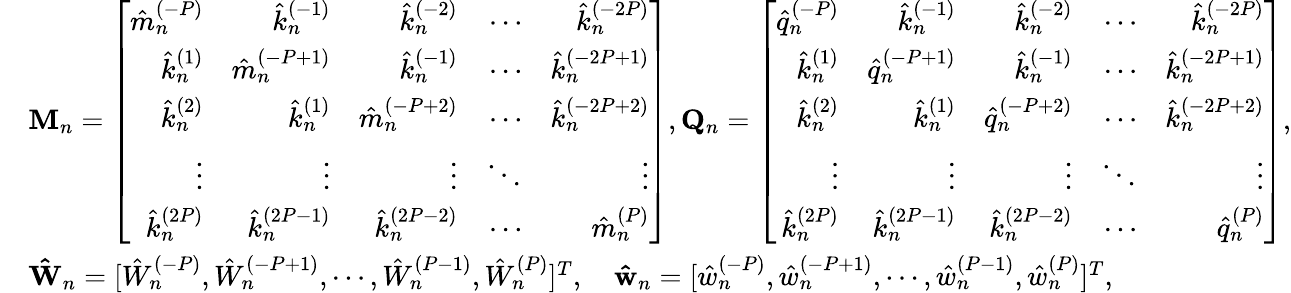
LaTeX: \begin{array}{rl}&{\mathbf{M}_{n}=\left[\begin{array}{rrrrr}{\hat{m}_{n}^{(-P)}}&{\hat{k}_{n}^{(-1)}}&{\hat{k}_{n}^{(-2)}}&{\cdots}&{\hat{k}_{n}^{(-2P)}}\\ {\hat{k}_{n}^{(1)}}&{\hat{m}_{n}^{(-P+1)}}&{\hat{k}_{n}^{(-1)}}&{\cdots}&{\hat{k}_{n}^{(-2P+1)}}\\ {\hat{k}_{n}^{(2)}}&{\hat{k}_{n}^{(1)}}&{\hat{m}_{n}^{(-P+2)}}&{\cdots}&{\hat{k}_{n}^{(-2P+2)}}\\ {\vdots}&{\vdots}&{\vdots}&{\ddots}&{\vdots}\\ {\hat{k}_{n}^{(2P)}}&{\hat{k}_{n}^{(2P-1)}}&{\hat{k}_{n}^{(2P-2)}}&{\cdots}&{\hat{m}_{n}^{(P)}}\end{array}\right],\mathbf{Q}_{n}=\left[\begin{array}{rrrrr}{\hat{q}_{n}^{(-P)}}&{\hat{k}_{n}^{(-1)}}&{\hat{k}_{n}^{(-2)}}&{\cdots}&{\hat{k}_{n}^{(-2P)}}\\ {\hat{k}_{n}^{(1)}}&{\hat{q}_{n}^{(-P+1)}}&{\hat{k}_{n}^{(-1)}}&{\cdots}&{\hat{k}_{n}^{(-2P+1)}}\\ {\hat{k}_{n}^{(2)}}&{\hat{k}_{n}^{(1)}}&{\hat{q}_{n}^{(-P+2)}}&{\cdots}&{\hat{k}_{n}^{(-2P+2)}}\\ {\vdots}&{\vdots}&{\vdots}&{\ddots}&{\vdots}\\ {\hat{k}_{n}^{(2P)}}&{\hat{k}_{n}^{(2P-1)}}&{\hat{k}_{n}^{(2P-2)}}&{\cdots}&{\hat{q}_{n}^{(P)}}\end{array}\right],}\\ &{\mathbf{\hat{W}}_{n}=[\hat{W}_{n}^{(-P)},\hat{W}_{n}^{(-P+1)},\cdots,\hat{W}_{n}^{(P-1)},\hat{W}_{n}^{(P)}]^{T},\quad\mathbf{\hat{w}}_{n}=[\hat{w}_{n}^{(-P)},\hat{w}_{n}^{(-P+1)},\cdots,\hat{w}_{n}^{(P-1)},\hat{w}_{n}^{(P)}]^{T},}\end{array}